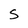
Character: S